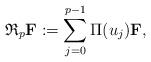
LaTeX: \begin{align*} \mathfrak R_p \mathbf F := \sum_{j=0}^{p-1} \Pi(u_j)\mathbf F,\end{align*}